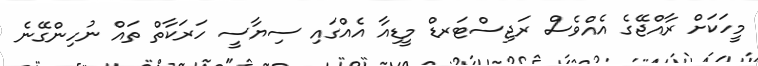
މީހަކަށް ރާއްޖޭގެ އެއްވެސް ރަޖިސްޓަރޑް މީޑިއާ އެއްގައި ސިޔާސީ ހަރަކާތް ތައް ނުހިންގޭނެ